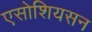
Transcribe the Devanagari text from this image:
एसोशियसन